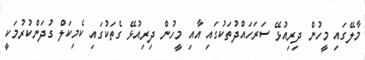
މާލޭގައި މީހުން ދިރިއުޅޭ ސަރަހައްދުތަކުގައި އާއި މީހުން ދިރިއުޅޭ ގެތަކުގައި ކެމިކަލް ގުދަންކުރުމަކީ